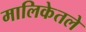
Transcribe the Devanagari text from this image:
मालिकेतले